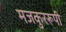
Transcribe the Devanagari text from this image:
मजकुररूपी